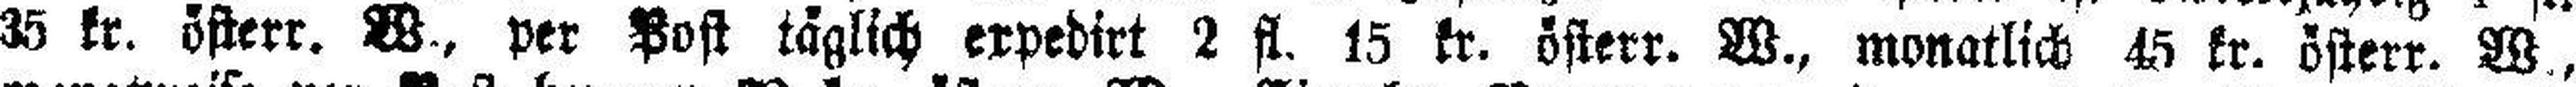
35 kr. österr. W., per Post täglich expedirt 2 fl. 15 kr. österr. W., monatlich 45 kr. österr. W.,